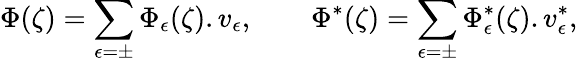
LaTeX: \Phi(\zeta)=\sum_{\epsilon=\pm}\Phi_{\epsilon}(\zeta).v_{\epsilon},\qquad\Phi^{*}(\zeta)=\sum_{\epsilon=\pm}\Phi_{\epsilon}^{*}(\zeta).v_{\epsilon}^{*},